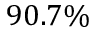
9 0 . 7 \%